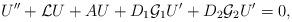
LaTeX: \begin{align*}U'' + \mathcal L U +AU + D_1\mathcal G_1U' + D_2\mathcal G_2U' = 0, \end{align*}